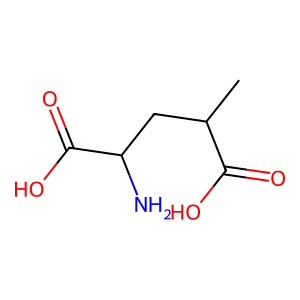
SMILES: CC(CC(N)C(=O)O)C(=O)O
Inhibits HIV replication: No